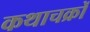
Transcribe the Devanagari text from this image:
कथाचक्रों